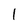
Character: 1